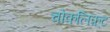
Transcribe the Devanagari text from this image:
चोकलिफ़्ट